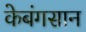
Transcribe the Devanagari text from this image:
केबंगसान